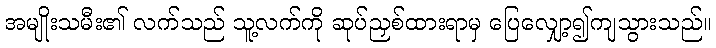
အမျိုးသမီး၏ လက်သည် သူ့လက်ကို ဆုပ်ညှစ်ထားရာမှ ပြေလျှော့၍ကျသွားသည်။